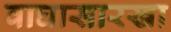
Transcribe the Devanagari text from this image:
वाघासारखा